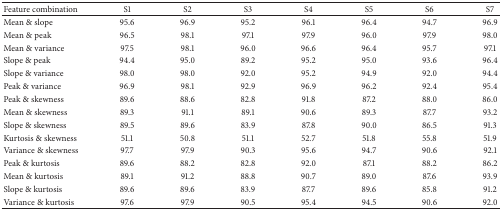
<table><thead><tr><td><b>Feature combination</b></td><td><b>S1</b></td><td><b>S2</b></td><td><b>S3</b></td><td><b>S4</b></td><td><b>S5</b></td><td><b>S6</b></td><td><b>S7</b></td></tr></thead><tbody><tr><td>Mean &amp; slope</td><td>95.6</td><td>96.9</td><td>95.2</td><td>96.1</td><td>96.4</td><td>94.7</td><td>96.9</td></tr><tr><td>Mean &amp; peak</td><td>96.5</td><td>98.1</td><td>97.1</td><td>97.9</td><td>96.0</td><td>97.9</td><td>98.0</td></tr><tr><td>Mean &amp; variance</td><td>97.5</td><td>98.1</td><td>96.0</td><td>96.6</td><td>96.4</td><td>95.7</td><td>97.1</td></tr><tr><td>Slope &amp; peak</td><td>94.4</td><td>95.0</td><td>89.2</td><td>95.2</td><td>95.0</td><td>93.6</td><td>96.4</td></tr><tr><td>Slope &amp; variance</td><td>98.0</td><td>98.0</td><td>92.0</td><td>95.2</td><td>94.9</td><td>92.0</td><td>94.4</td></tr><tr><td>Peak &amp; variance</td><td>96.9</td><td>98.1</td><td>92.9</td><td>96.9</td><td>96.2</td><td>92.4</td><td>95.4</td></tr><tr><td>Peak &amp; skewness</td><td>89.6</td><td>88.6</td><td>82.8</td><td>91.8</td><td>87.2</td><td>88.0</td><td>86.0</td></tr><tr><td>Mean &amp; skewness</td><td>89.3</td><td>91.1</td><td>89.1</td><td>90.6</td><td>89.3</td><td>87.7</td><td>93.2</td></tr><tr><td>Slope &amp; skewness</td><td>89.5</td><td>89.6</td><td>83.9</td><td>87.8</td><td>90.0</td><td>86.5</td><td>91.3</td></tr><tr><td>Kurtosis &amp; skewness</td><td>51.1</td><td>50.8</td><td>51.1</td><td>52.7</td><td>51.8</td><td>55.8</td><td>51.9</td></tr><tr><td>Variance &amp; skewness</td><td>97.7</td><td>97.9</td><td>90.3</td><td>95.6</td><td>94.7</td><td>90.6</td><td>92.1</td></tr><tr><td>Peak &amp; kurtosis</td><td>89.6</td><td>88.2</td><td>82.8</td><td>92.0</td><td>87.1</td><td>88.2</td><td>86.2</td></tr><tr><td>Mean &amp; kurtosis</td><td>89.1</td><td>91.2</td><td>88.8</td><td>90.7</td><td>89.0</td><td>87.6</td><td>93.9</td></tr><tr><td>Slope &amp; kurtosis</td><td>89.6</td><td>89.6</td><td>83.9</td><td>87.7</td><td>89.6</td><td>85.8</td><td>91.2</td></tr><tr><td>Variance &amp; kurtosis</td><td>97.6</td><td>97.9</td><td>90.5</td><td>95.4</td><td>94.5</td><td>90.6</td><td>92.0</td></tr></tbody></table>